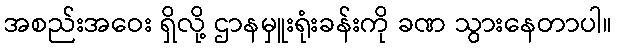
အစည်းအဝေး ရှိလို့ ဌာနမှူးရုံးခန်းကို ခဏ သွားနေတာပါ။